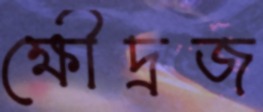
ক্ষৌদ্রজ